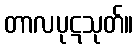
တာလပုဋသုတ်။